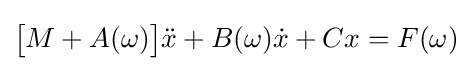
{\big [}M+A(\omega ){\big ]}{\ddot {x}}+B(\omega ){\dot {x}}+Cx=F(\omega )